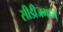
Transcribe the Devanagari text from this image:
सीडीजमध्ये